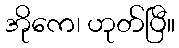
အိုကေ၊ ဟုတ်ပြီ။